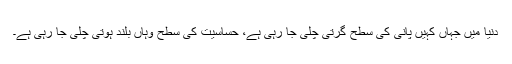
دنیا میں جہاں کہیں پانی کی سطح گرتی چلی جا رہی ہے، حساسیت کی سطح وہاں بلند ہوتی چلی جا رہی ہے۔